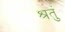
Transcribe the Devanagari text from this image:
श्रतुं